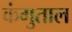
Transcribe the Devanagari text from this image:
कंगुताल